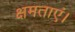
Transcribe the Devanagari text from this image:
क्षमताएं।